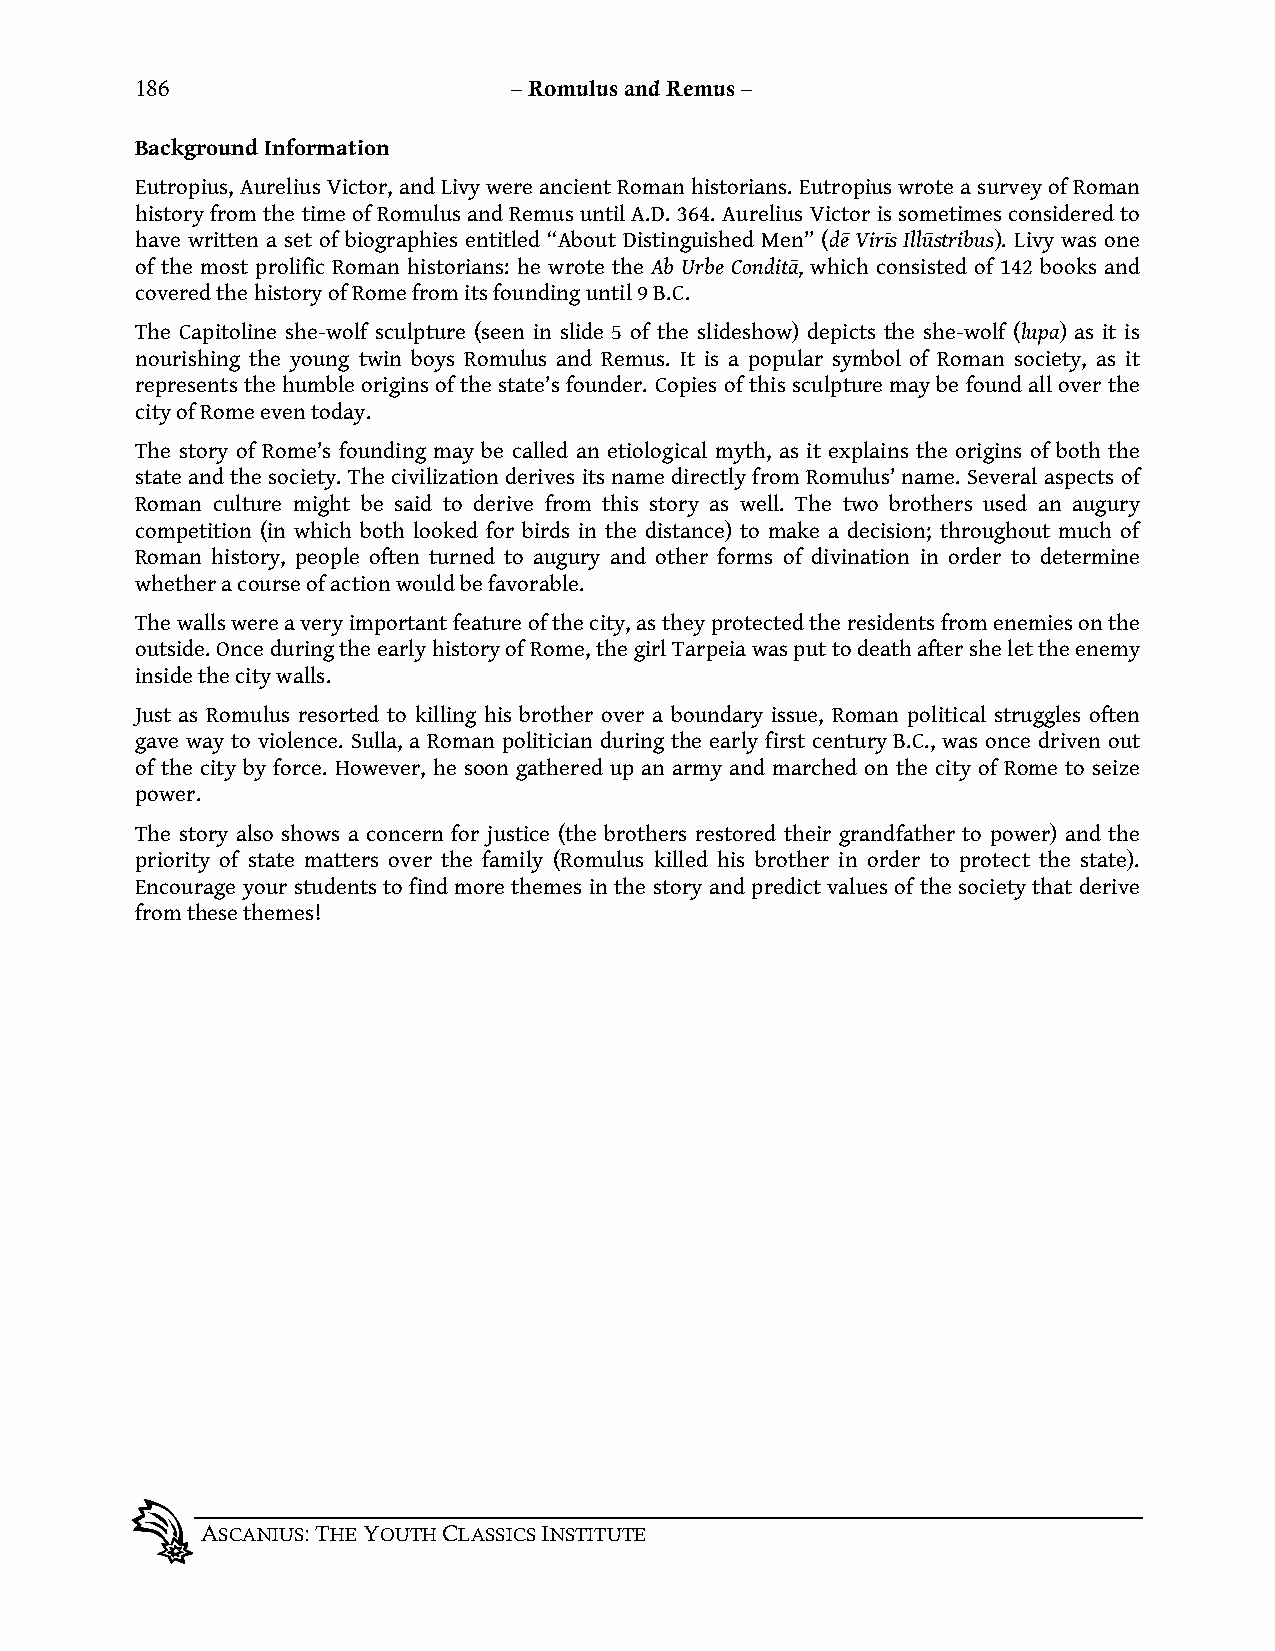
186                      – Romulus and Remus –
 Background Information
 Eutropius, Aurelius Victor, and Livy were ancient Roman historians. Eutropius wrote a survey of Roman
 history from the time of Romulus and Remus until A.D. 364. Aurelius Victor is sometimes considered to
 have written a set of biographies entitled “About Distinguished Men” (d! Vir"s Ill#stribus). Livy was one
 of the most prolific Roman historians: he wrote the Ab Urbe Condit$, which consisted of 142 books and
 covered the history of Rome from its founding until 9 B.C.
 The Capitoline she-wolf sculpture (seen in slide 5 of the slideshow) depicts the she-wolf (lupa) as it is
 nourishing the young twin boys Romulus and Remus. It is a popular symbol of Roman society, as it
 represents the humble origins of the state’s founder. Copies of this sculpture may be found all over the
 city of Rome even today.
 The story of Rome’s founding may be called an etiological myth, as it explains the origins of both the
 state and the society. The civilization derives its name directly from Romulus’ name. Several aspects of
 Roman culture might be said to derive from this story as well. The two brothers used an augury
 competition (in which both looked for birds in the distance) to make a decision; throughout much of
 Roman history, people often turned to augury and other forms of divination in order to determine
 whether a course of action would be favorable.
 The walls were a very important feature of the city, as they protected the residents from enemies on the
 outside. Once during the early history of Rome, the girl Tarpeia was put to death after she let the enemy
 inside the city walls.
 Just as Romulus resorted to killing his brother over a boundary issue, Roman political struggles often
 gave way to violence. Sulla, a Roman politician during the early first century B.C., was once driven out
 of the city by force. However, he soon gathered up an army and marched on the city of Rome to seize
 power.
 The story also shows a concern for justice (the brothers restored their grandfather to power) and the
 priority of state matters over the family (Romulus killed his brother in order to protect the state).
 Encourage your students to find more themes in the story and predict values of the society that derive
 from these themes!
 ASCANIUS: THE YOUTH CLASSICS INSTITUTE